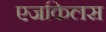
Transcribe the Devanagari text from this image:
एजकिलस